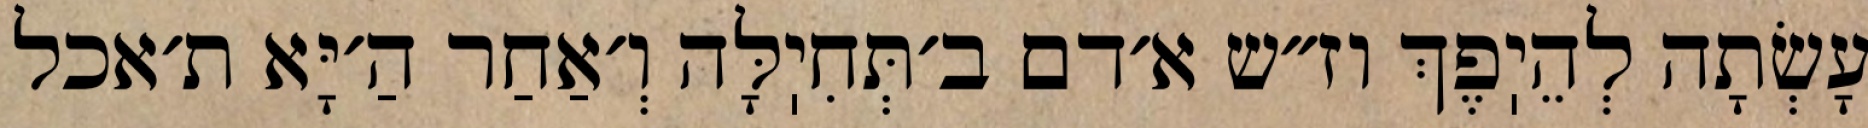
עָשְׂתָה לְהֵיֽפֶךְ וז״ש א׳דם ב׳תְּחִיֽלָּה וְ׳אַחַר הַ׳יָּא ת׳אכל